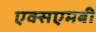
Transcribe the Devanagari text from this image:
एक्सएमबी